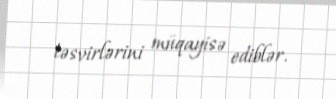
təsvirlərini müqayisə ediblər.